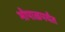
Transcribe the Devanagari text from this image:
भोपाळपर्यंत